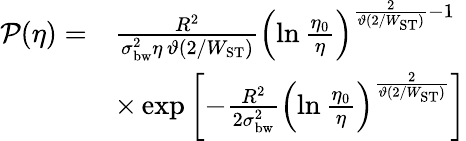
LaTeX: \begin{array}{rl}{\mathcal{P}(\eta)=}&{\frac{R^{2}}{\sigma_{\mathrm{bw}}^{2}\eta\, \vartheta(2/W_{\mathrm{ST}})}\left(\ln\frac{\eta_{0}}{\eta}\right)^{\frac{2}{\vartheta(2/W_{\mathrm{ST}})}-1}}\\ &{\times\exp\left[-\frac{R^{2}}{2\sigma_{\mathrm{bw}}^{2}}\left(\ln\frac{\eta_{0}}{\eta}\right)^{\frac{2}{\vartheta(2/W_{\mathrm{ST}})}}\right]}\end{array}